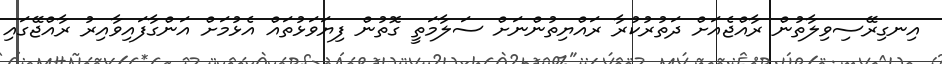
އިނގިރޭސިވިލާތުން ރާއްޖެއަށް ދަތުރުކުރާ ރައްޔިތުންނަށް ސަލާމަތީ ގޮތުން ފިޔަވަޅުތައް އެޅުމަށް އަންގާފައިވާއިރު ރާއްޖޭގައި